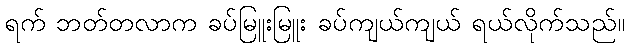
ရက် ဘတ်တလာက ခပ်မြူးမြူး ခပ်ကျယ်ကျယ် ရယ်လိုက်သည်။